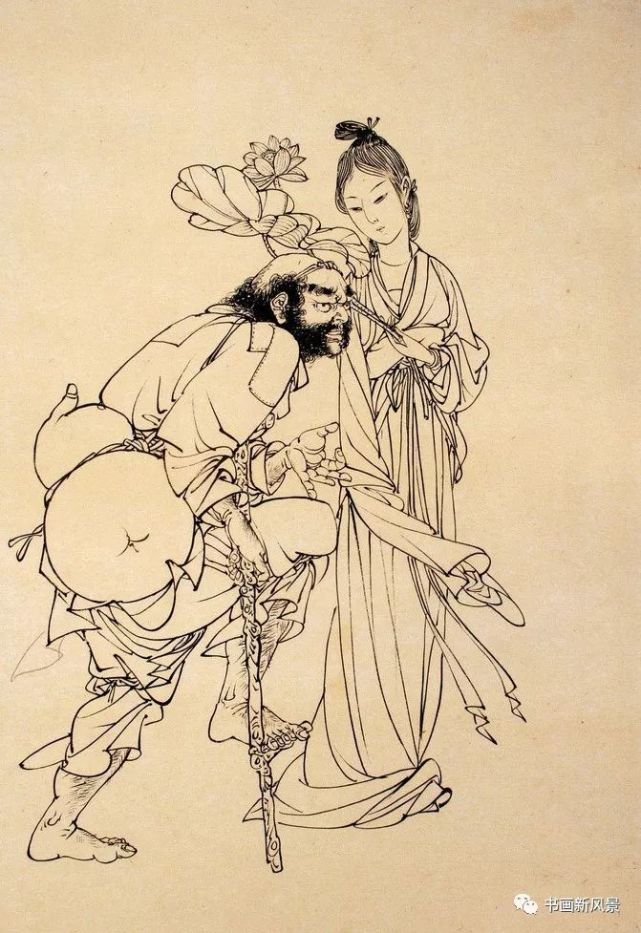
厌见千门万户，经过北里南邻。